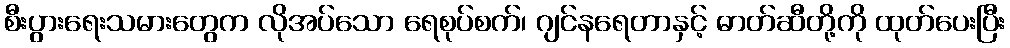
စီးပွားရေးသမားတွေက လိုအပ်သော ရေစုပ်စက်၊ ဂျင်နရေတာနှင့် ဓာတ်ဆီတို့ကို ထုတ်ပေးပြီး